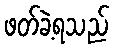
ဖတ်ခဲ့ရသည်